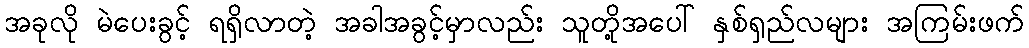
အခုလို မဲပေးခွင့် ရရှိလာတဲ့ အခါအခွင့်မှာလည်း သူတို့အပေါ် နှစ်ရှည်လများ အကြမ်းဖက်